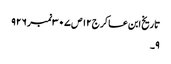
تاریخ ابن عساکر ج١٢ص ٣٠٧نمبر ٩٢٦
٩۔